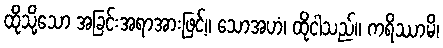
ထိုသို့သော အခြင်းအရာအားဖြင့်။ သောအဟံ၊ ထိုငါသည်။ ကရိဿာမိ၊